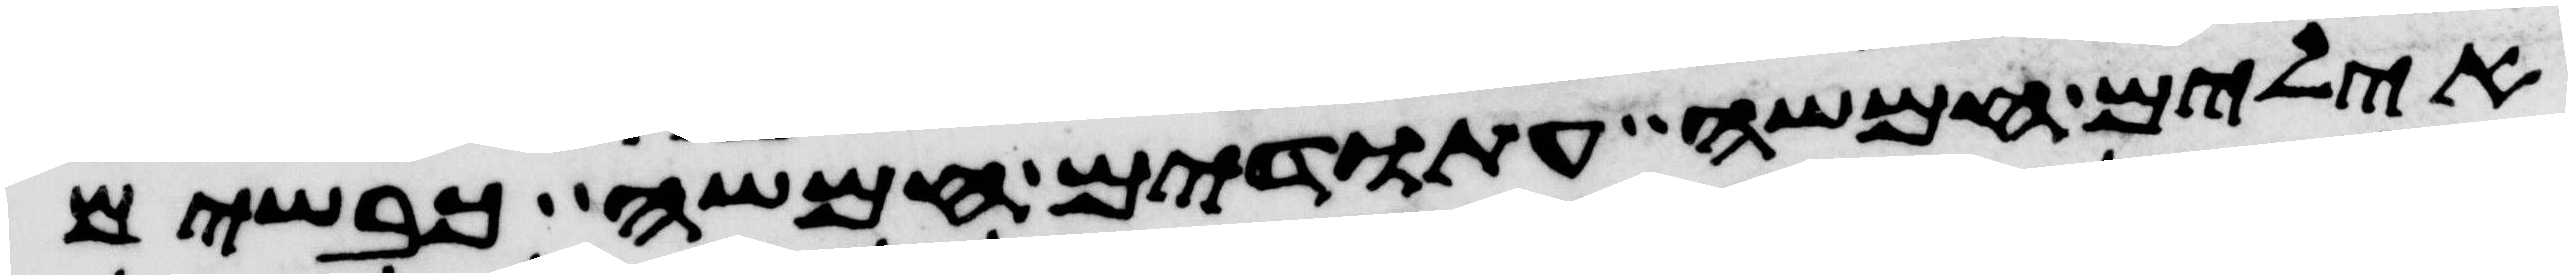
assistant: אילים חמשה עתודים חמשה כבשים